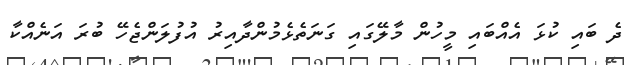
ދެ ބައި ކުޅަ އެއްބައި މީހުން މާލޭގައި ގަނަތެޅެމުންދާއިރު އުފުލަންޖެހޭ ބުރަ އަނެއްކާ